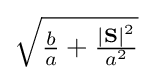
{\sqrt {{\tfrac {b}{a}}+{\tfrac {|\mathbf {S} |^{2}}{a^{2}}}}}